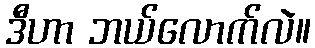
ဒီဟာ ဘယ်လောက်လဲ။